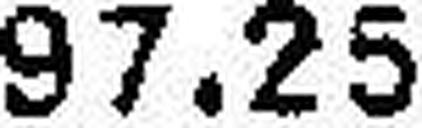
97.25